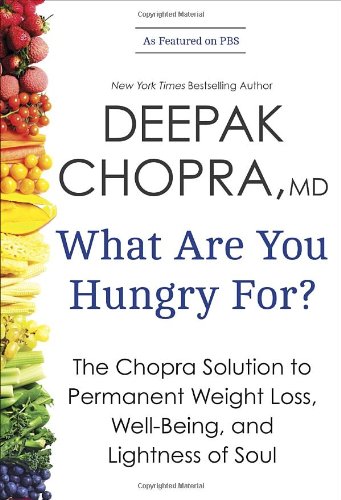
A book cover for What Are You Hungry For?: The Chopra Solution to Permanent Weight Loss, Well-Being, and Lightness of Soul; Deepak Chopra; Health, Fitness & Dieting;